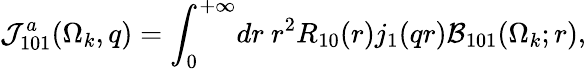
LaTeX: {\cal J}_{101}^{a}(\Omega_{k},q)={\int}_{0}^{+\infty}dr\ r^{2}R_{10}(r)j_{1}(qr){\cal B}_{101}(\Omega_{k};r),